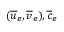
( \overline { { u } } _ { e } , \overline { { v } } _ { e } ) , \overline { { c } } _ { e }